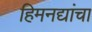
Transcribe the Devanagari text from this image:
हिमनद्यांचा